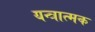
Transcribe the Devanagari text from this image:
यन्त्रात्मक